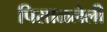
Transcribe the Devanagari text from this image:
पिसाळलेली